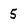
Character: 5